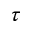
\tau